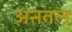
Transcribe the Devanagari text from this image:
अनतल